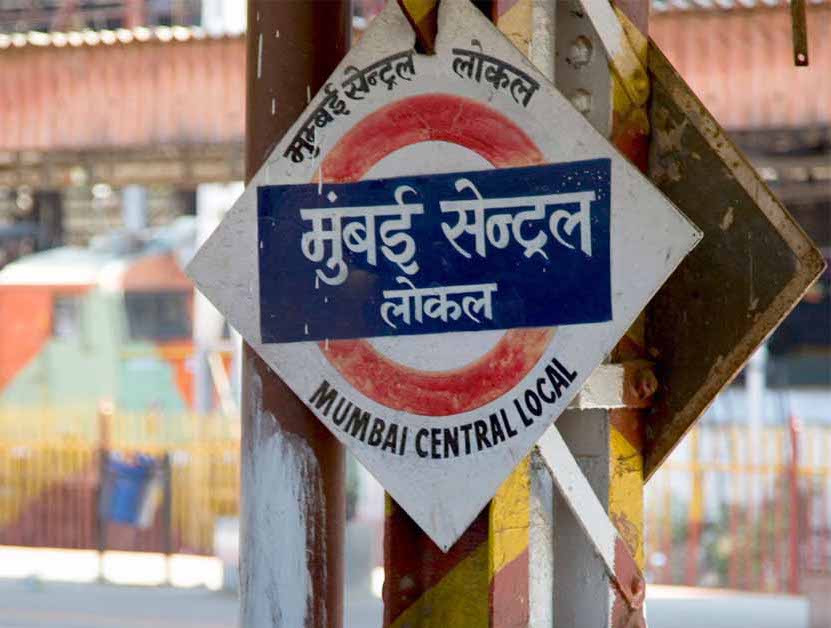
Language: marathi
Transcription: मुंबई सेन्ट्रल